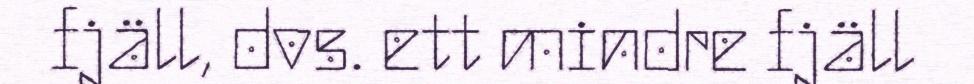
fjäll, dvs. ett mindre fjäll